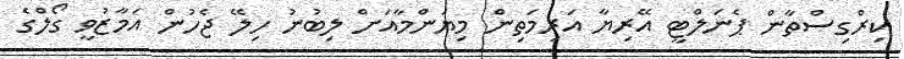
ކިރްގިސްތާން ޕެނަލްޓީ އޭރިޔާ އަރިމަތިން މިޔަންމާއަށް ލިބުނު ހިލޭ ޖެހުން އަމާޒުވީ ގޯލްގެ